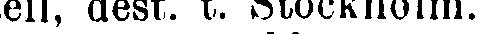
tell, dest. t. Stockholm.